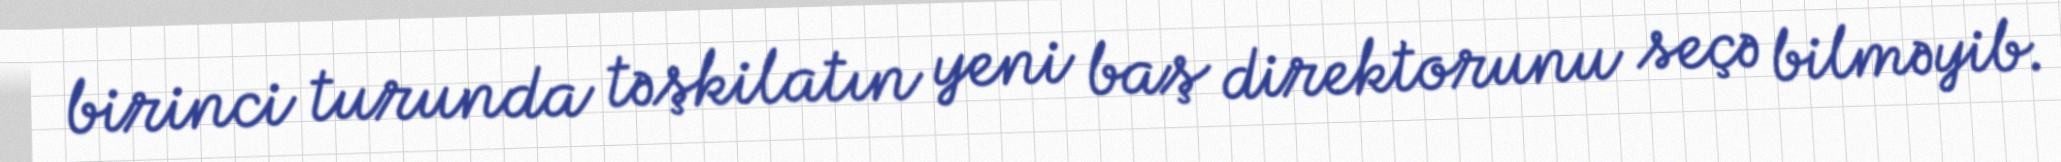
birinci turunda təşkilatın yeni baş direktorunu seçə bilməyib.